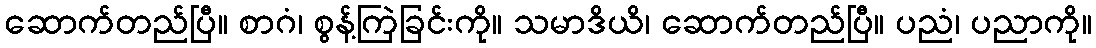
ဆောက်တည်ပြီ။ စာဂံ၊ စွန့်ကြဲခြင်းကို။ သမာဒိယိ၊ ဆောက်တည်ပြီ။ ပညံ၊ ပညာကို။